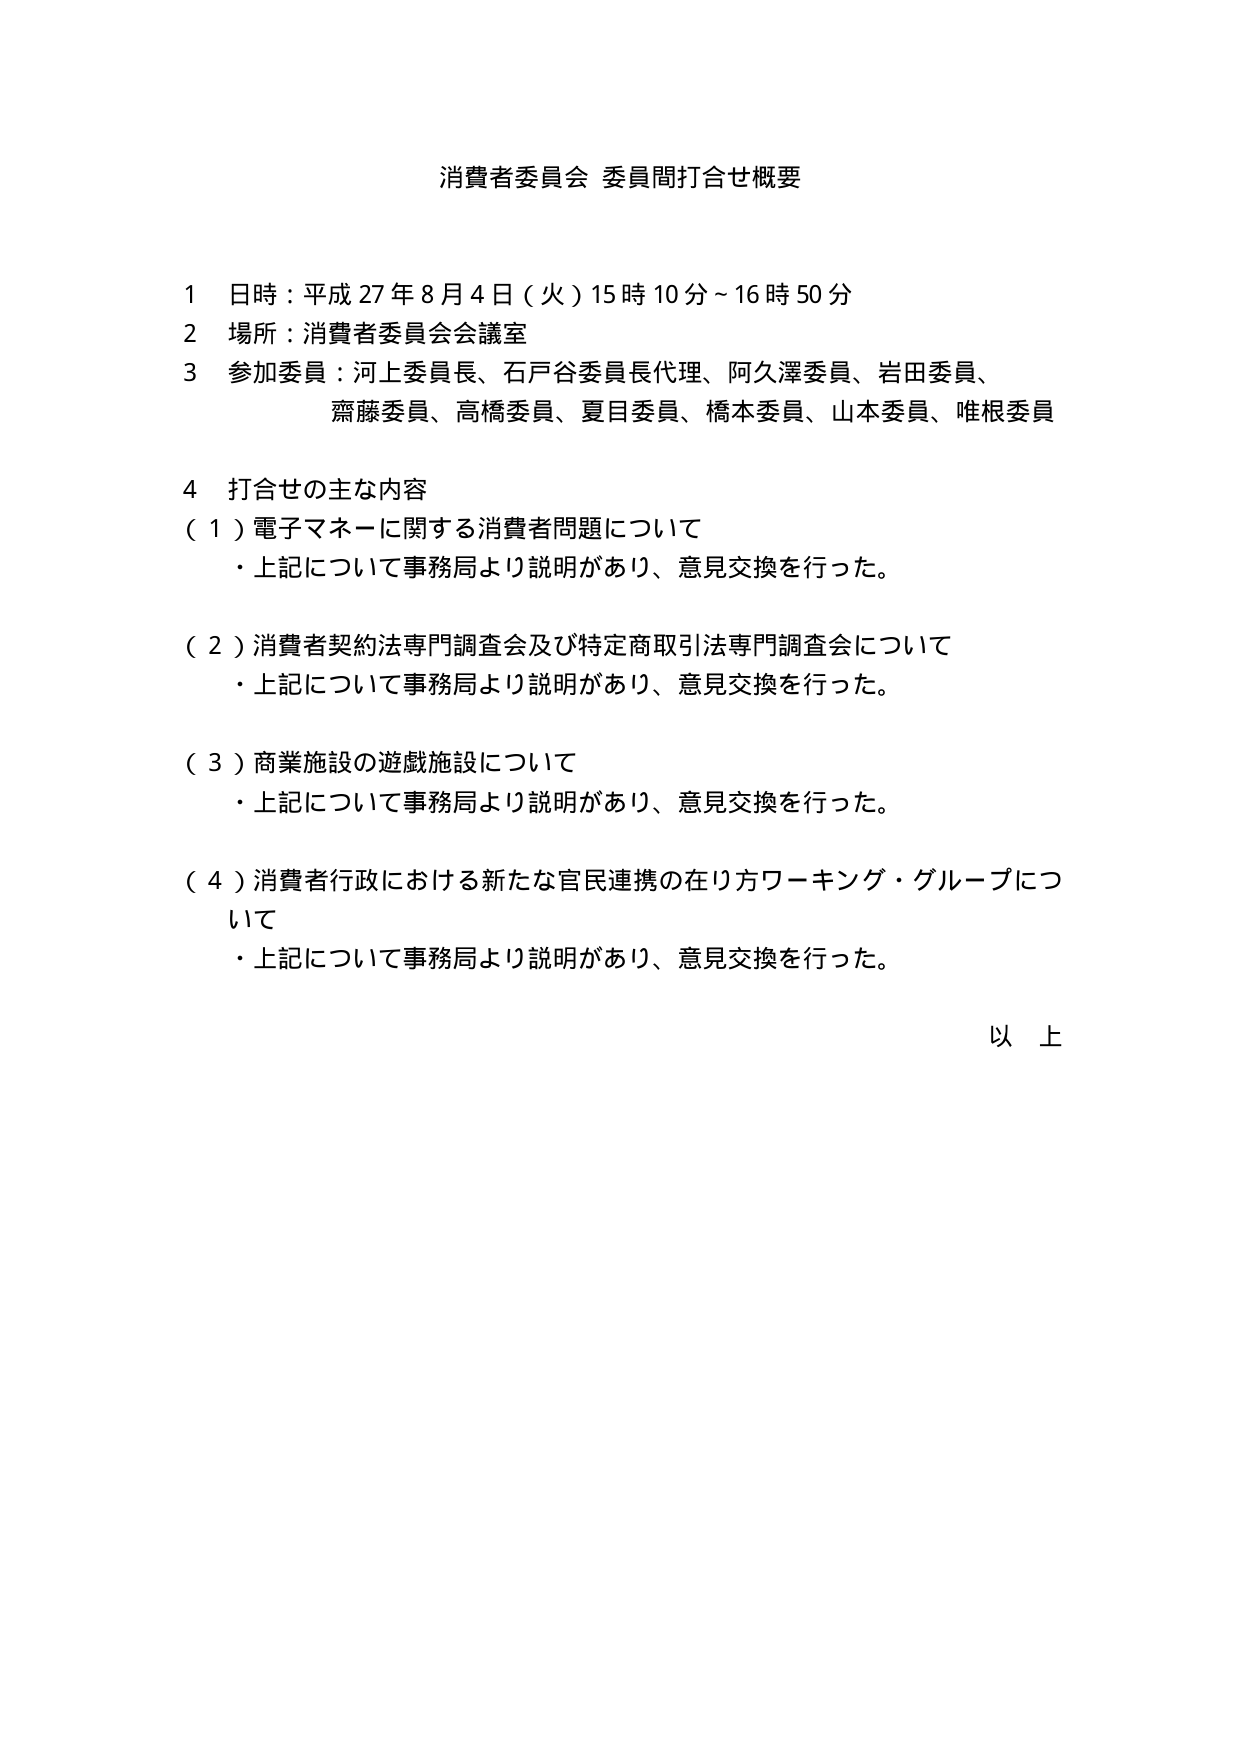
消費者委員会 委員間打合せ概要

1 日時：平成27年8月4日（火）15時10分～16時50分
2 場所：消費者委員会会議室
3 参加委員：河上委員長、石戸谷委員長代理、阿久澤委員、岩田委員、
　　　　　齋藤委員、高橋委員、夏目委員、橋本委員、山本委員、唯根委員

4 打合せの主な内容
（1）電子マネーに関する消費者問題について
　・上記について事務局より説明があり、意見交換を行った。

（2）消費者契約法専門調査会及び特定商取引法専門調査会について
　・上記について事務局より説明があり、意見交換を行った。

（3）商業施設の遊戯施設について
　・上記について事務局より説明があり、意見交換を行った。

（4）消費者行政における新たな官民連携の在り方ワーキング・グループについて
　・上記について事務局より説明があり、意見交換を行った。

以上